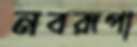
নবরূপা